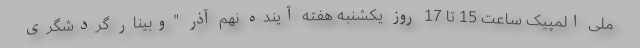
ملی المپیک ساعت 15 تا 17 روز یکشنبه هفته آینده نهم آذر "وبینار گردشگری